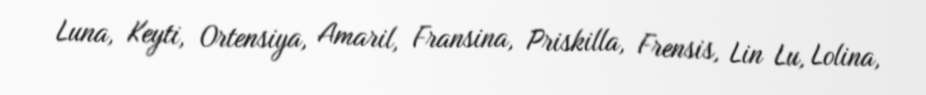
Luna, Keyti, Ortensiya, Amaril, Fransina, Priskilla, Frensis, Lin Lu, Lolina,